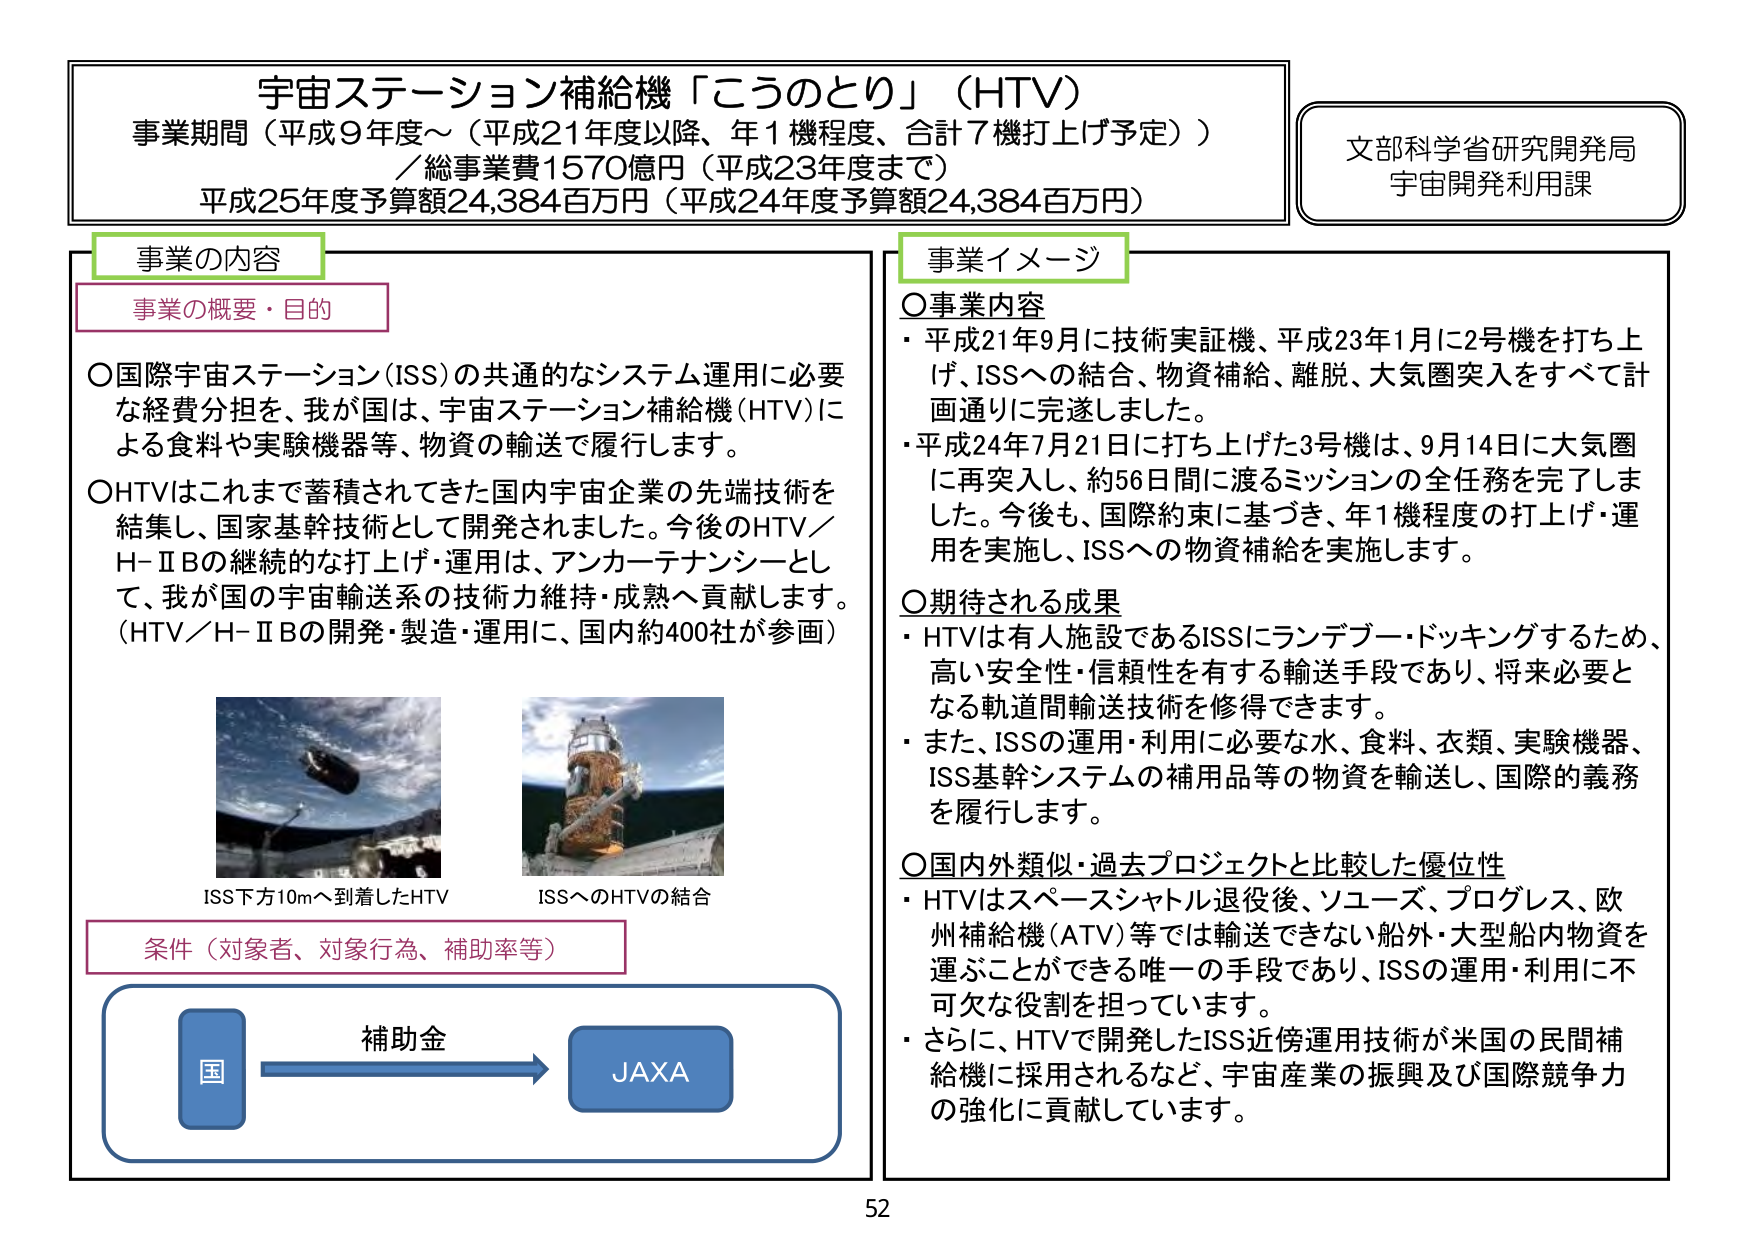
宇宙ステーション補給機「こうのとり」（HTV）
事業期間（平成9年度～（平成21年度以降、年1機程度、合計7機打上げ予定））
／総事業費1570億円（平成23年度まで）
平成25年度予算額24,384百万円（平成24年度予算額24,384百万円）

文部科学省研究開発局
宇宙開発利用課

事業の内容
事業の概要・目的
○国際宇宙ステーション（ISS）の共通的なシステム運用に必要な経費分担を、我が国は、宇宙ステーション補給機（HTV）による食料や実験機器等、物資の輸送で履行します。
○HTVはこれまで蓄積されてきた国内宇宙企業の先端技術を結集し、国家基幹技術として開発されました。今後のHTV／H-ⅡBの継続的な打上げ・運用は、アンカーテナンシーとして、我が国の宇宙輸送系の技術力維持・成熟へ貢献します。
（HTV／H-ⅡBの開発・製造・運用に、国内約400社が参画）

ISS下方10mへ到着したHTV
ISSへのHTVの結合

条件（対象者、対象行為、補助率等）
補助金
国 → JAXA

事業イメージ
○事業内容
・平成21年9月に技術実証機、平成23年1月に2号機を打ち上げ、ISSへの結合、物資補給、離脱、大気圏突入をすべて計画通りに完遂しました。
・平成24年7月21日に打ち上げた3号機は、9月14日に大気圏に再突入し、約56日間に渡るミッションの全任務を完了しました。今後も、国際約束に基づき、年1機程度の打上げ・運用を実施し、ISSへの物資補給を実施します。

○期待される成果
・HTVは有人施設であるISSにランデブー・ドッキングするため、高い安全性・信頼性を有する輸送手段であり、将来必要となる軌道間輸送技術を修得できます。
・また、ISSの運用・利用に必要な水、食料、衣類、実験機器、ISS基幹システムの補用品等の物資を輸送し、国際的義務を履行します。

○国内外類似・過去プロジェクトと比較した優位性
・HTVはスペースシャトル退役後、ソユーズ、プログレス、欧州補給機（ATV）等では輸送できない船外・大型船内物資を運ぶことができる唯一の手段であり、ISSの運用・利用に不可欠な役割を担っています。
・さらに、HTVで開発したISS近傍運用技術が米国の民間補給機に採用されるなど、宇宙産業の振興及び国際競争力の強化に貢献しています。

52